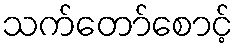
သက်တော်စောင့်